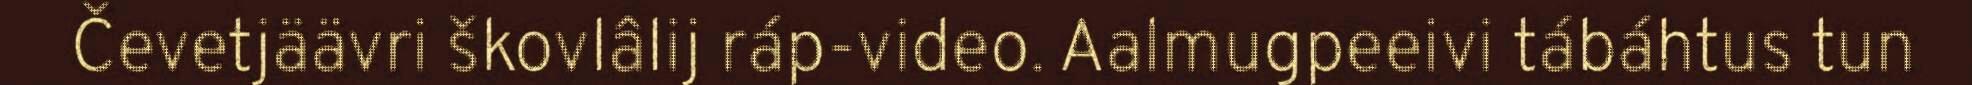
Čevetjäävri škovlâlij ráp-video. Aalmugpeeivi tábáhtus tun